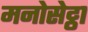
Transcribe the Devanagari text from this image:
मनोसेट्ठा